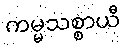
ကမ္မသစ္စာယီ